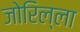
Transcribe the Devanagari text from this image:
जोरिल्ला